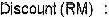
DISCOUNT (RM) :